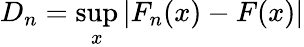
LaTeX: D_{n}=\operatorname*{sup}_{x}|F_{n}(x)-F(x)|